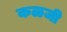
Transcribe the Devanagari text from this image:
कळजी